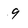
Character: 9